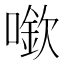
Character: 𠾬